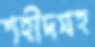
শহীদসহ